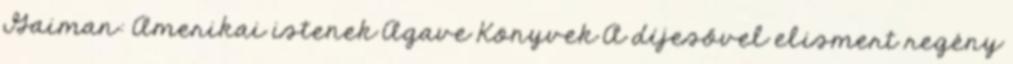
Gaiman: Amerikai istenek Agave Könyvek A díjesővel elismert regény